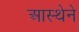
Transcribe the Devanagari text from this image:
आस्‍थेने